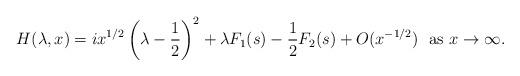
LaTeX: \begin{align*} H(\lambda,x)=ix^{1/2}\left (\lambda-\frac{1}{2}\right )^2+\lambda F_1(s)-\frac{1}{2}F_2(s)+O(x^{-1/2})~~{\rm as}~x\rightarrow\infty.\end{align*}